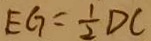
E G = \frac { 1 } { 2 } D C